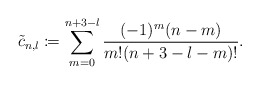
\begin{align*} \tilde{c}_{n,l}\coloneqq\sum_{m=0}^{n+3-l}\frac{(-1)^m(n-m)}{m!(n+3-l-m)!}.\end{align*}